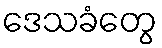
ဒေသခံတွေ